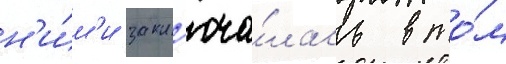
н'и́м'и закл'юча́лась в то́м